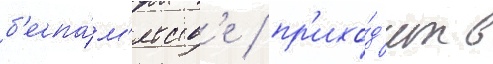
б'еспа́м'ятств'е / пр'ихо́д'ит в